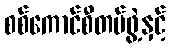
စစ်ကောင်စီတပ်ဖွဲ့နှင့်